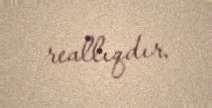
reallıqdır.